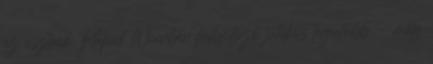
az osztrák Rapid Wienben futballozó játékos legutóbb - még